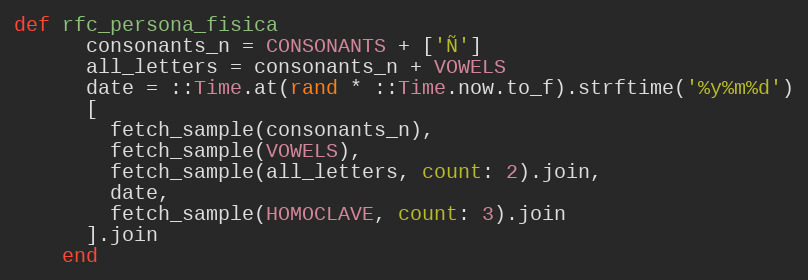
Language: Ruby
def rfc_persona_fisica
      consonants_n = CONSONANTS + ['Ñ']
      all_letters = consonants_n + VOWELS
      date = ::Time.at(rand * ::Time.now.to_f).strftime('%y%m%d')
      [
        fetch_sample(consonants_n),
        fetch_sample(VOWELS),
        fetch_sample(all_letters, count: 2).join,
        date,
        fetch_sample(HOMOCLAVE, count: 3).join
      ].join
    end